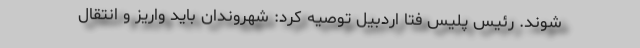
شوند. رئیس پلیس فتا اردبیل توصیه کرد: شهروندان باید واریز و انتقال